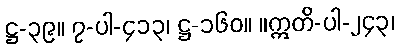
ဋ္ဌ-၃၉။ ၇-ပါ-၄၁၃၊ ဋ္ဌ-၁၆၀။ ။ဣတိ-ပါ-၂၄၃၊